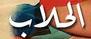
الىلاب